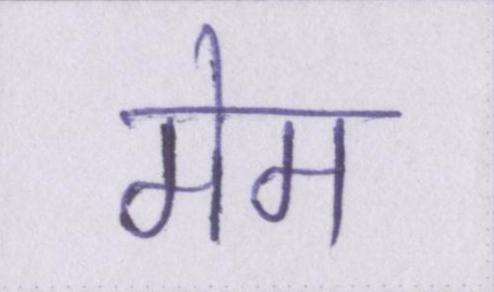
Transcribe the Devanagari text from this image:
मेम